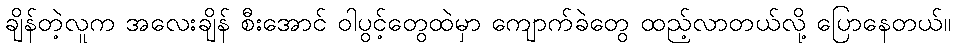
ချိန်တဲ့လူက အလေးချိန် စီးအောင် ဝါပွင့်တွေထဲမှာ ကျောက်ခဲတွေ ထည့်လာတယ်လို့ ပြောနေတယ်။